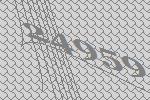
24959